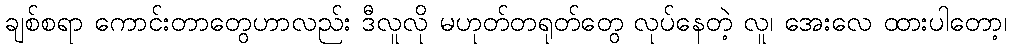
ချစ်စရာ ကောင်းတာတွေဟာလည်း ဒီလူလို မဟုတ်တရုတ်တွေ လုပ်နေတဲ့ လူ၊ အေးလေ ထားပါတော့၊